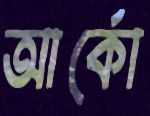
আর্কো